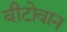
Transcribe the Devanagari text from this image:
वीटोवान